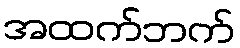
အထက်ဘက်